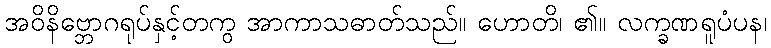
အဝိနိဗ္ဘောဂရုပ်နှင့်တကွ အာကာသဓာတ်သည်။ ဟောတိ၊ ၏။ လက္ခဏရူပံပန၊